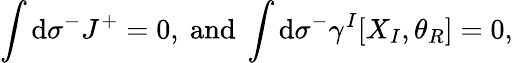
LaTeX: \int\mathrm{d}\sigma^{-}J^{+}=0,\mathrm{{~an\mathrm{d}~}}\int\mathrm{d}\sigma^{-}\gamma^{I}[X_{I},\theta_{R}]=0,